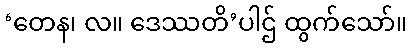
‘တေန၊ လ။ ဒေဿတိ’ပါဌ် ထွက်သော်။